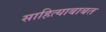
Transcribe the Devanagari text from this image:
साहित्याबाबत